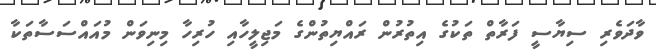
ވާދަވެރި ސިޔާސީ ފަރާތް ތަކުގެ އިތުރުން ރައްޔިތުންގެ މަޖިލީހާއި ހުރިހާ މިނިވަން މުއައްސަސާތަކާ